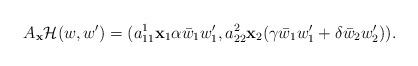
LaTeX: \begin{align*}A_{{\mathbf x}}{\mathcal H}(w,w')=(a_{11}^1{\mathbf x}_1\alpha\bar w_1w_1',a_{22}^2{\mathbf x}_2(\gamma \bar w_1w_1'+\delta \bar w_2w_2')).\end{align*}